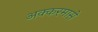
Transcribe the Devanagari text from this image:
अक्करमासे